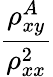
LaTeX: \frac{\rho_{xy}^{A}}{\rho_{xx}^{2}}